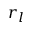
r _ { l }